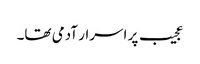
عجیب پر اسرار آدمی تھا۔